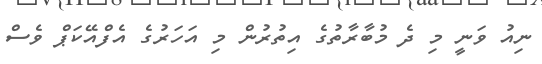
ނިއު ވަނީ މި ދެ މުބާރާތުގެ އިތުރުން މި އަހަރުގެ އެފްއޭކަޕް ވެސް